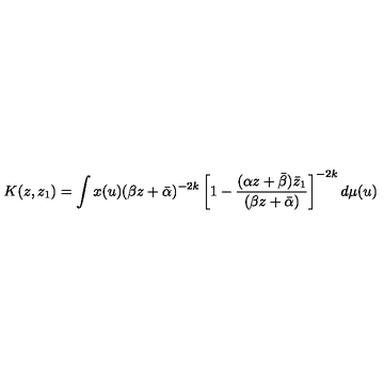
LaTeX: K ( z , z _ { 1 } ) = \int x ( u ) ( \beta z + \bar { \alpha } ) ^ { - 2 k } \left[ 1 - \frac { ( \alpha z + \bar { \beta } ) \bar { z } _ { 1 } } { ( \beta z + \bar { \alpha } ) } \right] ^ { - 2 k } d \mu ( u )